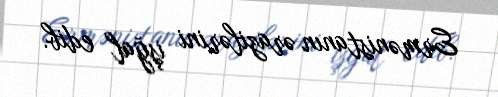
Ermənistanın ərazilərini işğal edib.